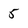
Character: 5